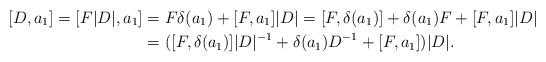
LaTeX: \begin{align*}[D,a_1]=[F|D|,a_1]&=F\delta(a_1)+[F,a_1]|D|=[F,\delta(a_1)]+\delta(a_1)F+[F,a_1]|D|\\&=([F,\delta(a_1)]|D|^{-1}+\delta(a_1)D^{-1}+[F,a_1])|D|.\end{align*}